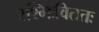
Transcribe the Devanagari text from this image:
रश्मिःविततः